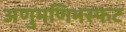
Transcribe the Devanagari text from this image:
अणुमणिभस्फट